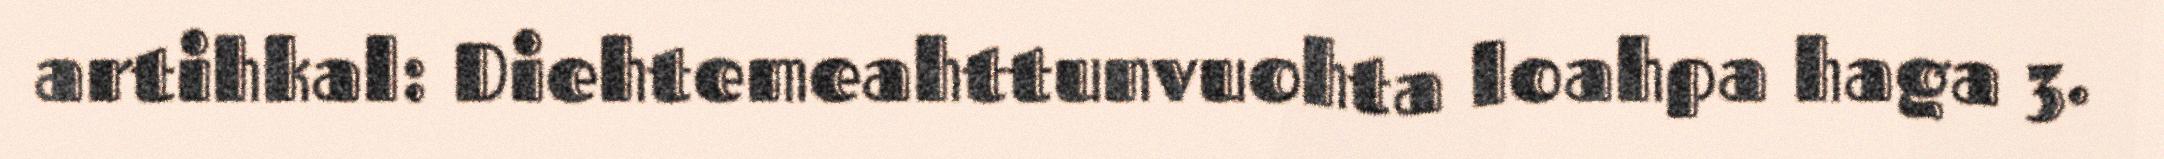
artihkal: Diehtemeahttunvuohta loahpa haga 3.